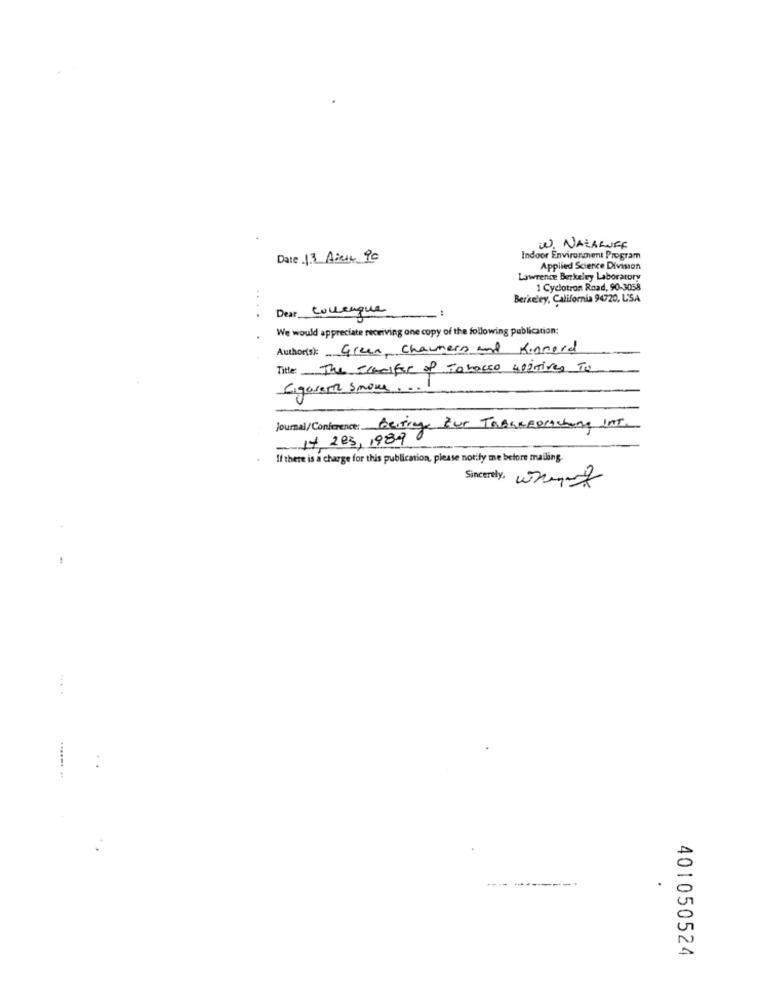
W. NAZARUFF
Date 13 Aire 90
Indoor Environment Program
Applied Science Division
Lawrence Berkeley Laboratory
1 Cyclotron Road, 90-3058
Berkeley, California 94720, USA
Dear Colleague
We would appreciate receiving one copy of the following publication:
Author(s): Green, Charmers and Kinnerd
Title: The cracifer of Tobacco woiives To
Cigarette Smoke ...
Journal/Conference: Beitrag Zur Tabakspraching Int.
- 14 223,1989 0
If there is a charge for this publication, please notify me before mailing.
Sincerely. what
------
401050524